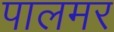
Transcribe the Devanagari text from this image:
पालमर